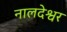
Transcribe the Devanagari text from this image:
नालदेश्वर